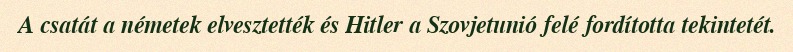
A csatát a németek elvesztették és Hitler a Szovjetunió felé fordította tekintetét.